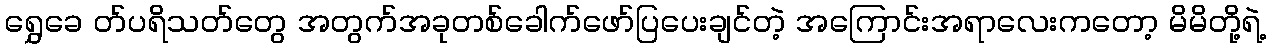
ရွှေခေ တ်ပရိသတ်တွေ အတွက်အခုတစ်ခေါက်ဖော်ပြပေးချင်တဲ့ အကြောင်းအရာလေးကတော့ မိမိတို့ရဲ့